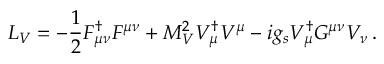
{ \cal L } _ { V } = - { \frac { 1 } { 2 } } F _ { \mu \nu } ^ { \dagger } F ^ { \mu \nu } + M _ { V } ^ { 2 } V _ { \mu } ^ { \dagger } V ^ { \mu } - i g _ { s } V _ { \mu } ^ { \dagger } G ^ { \mu \nu } V _ { \nu } \, .